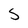
Character: 5